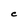
Character: C